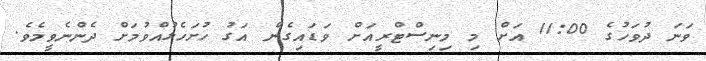
ވަނަ ދުވަހުގެ 11:00 އަށް މި މިނިސްޓްރީއަށް ވަޑައިގެން އަގު ހުށަހެޅުއްވުމަށް ދެންނެވީމެވެ.